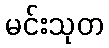
မင်းသုတ